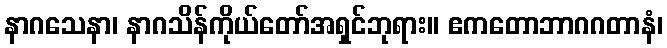
နာဂသေနာ၊ နာဂသိန်ကိုယ်တော်အရှင်ဘုရား။ ဧကတောဘာဂဂတာနံ၊